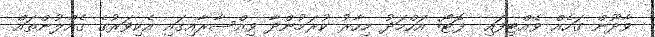
ވާދޫން ގަހެއް ވެއްޓިފައި- ފޮޓޯ: އަހްމަދު މިހާރު ކުރަމުންދާ ވިއްސާރާއިގައި އެކިވަރުގެ ގެއްލުންތައް